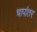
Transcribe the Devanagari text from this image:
चापांतर